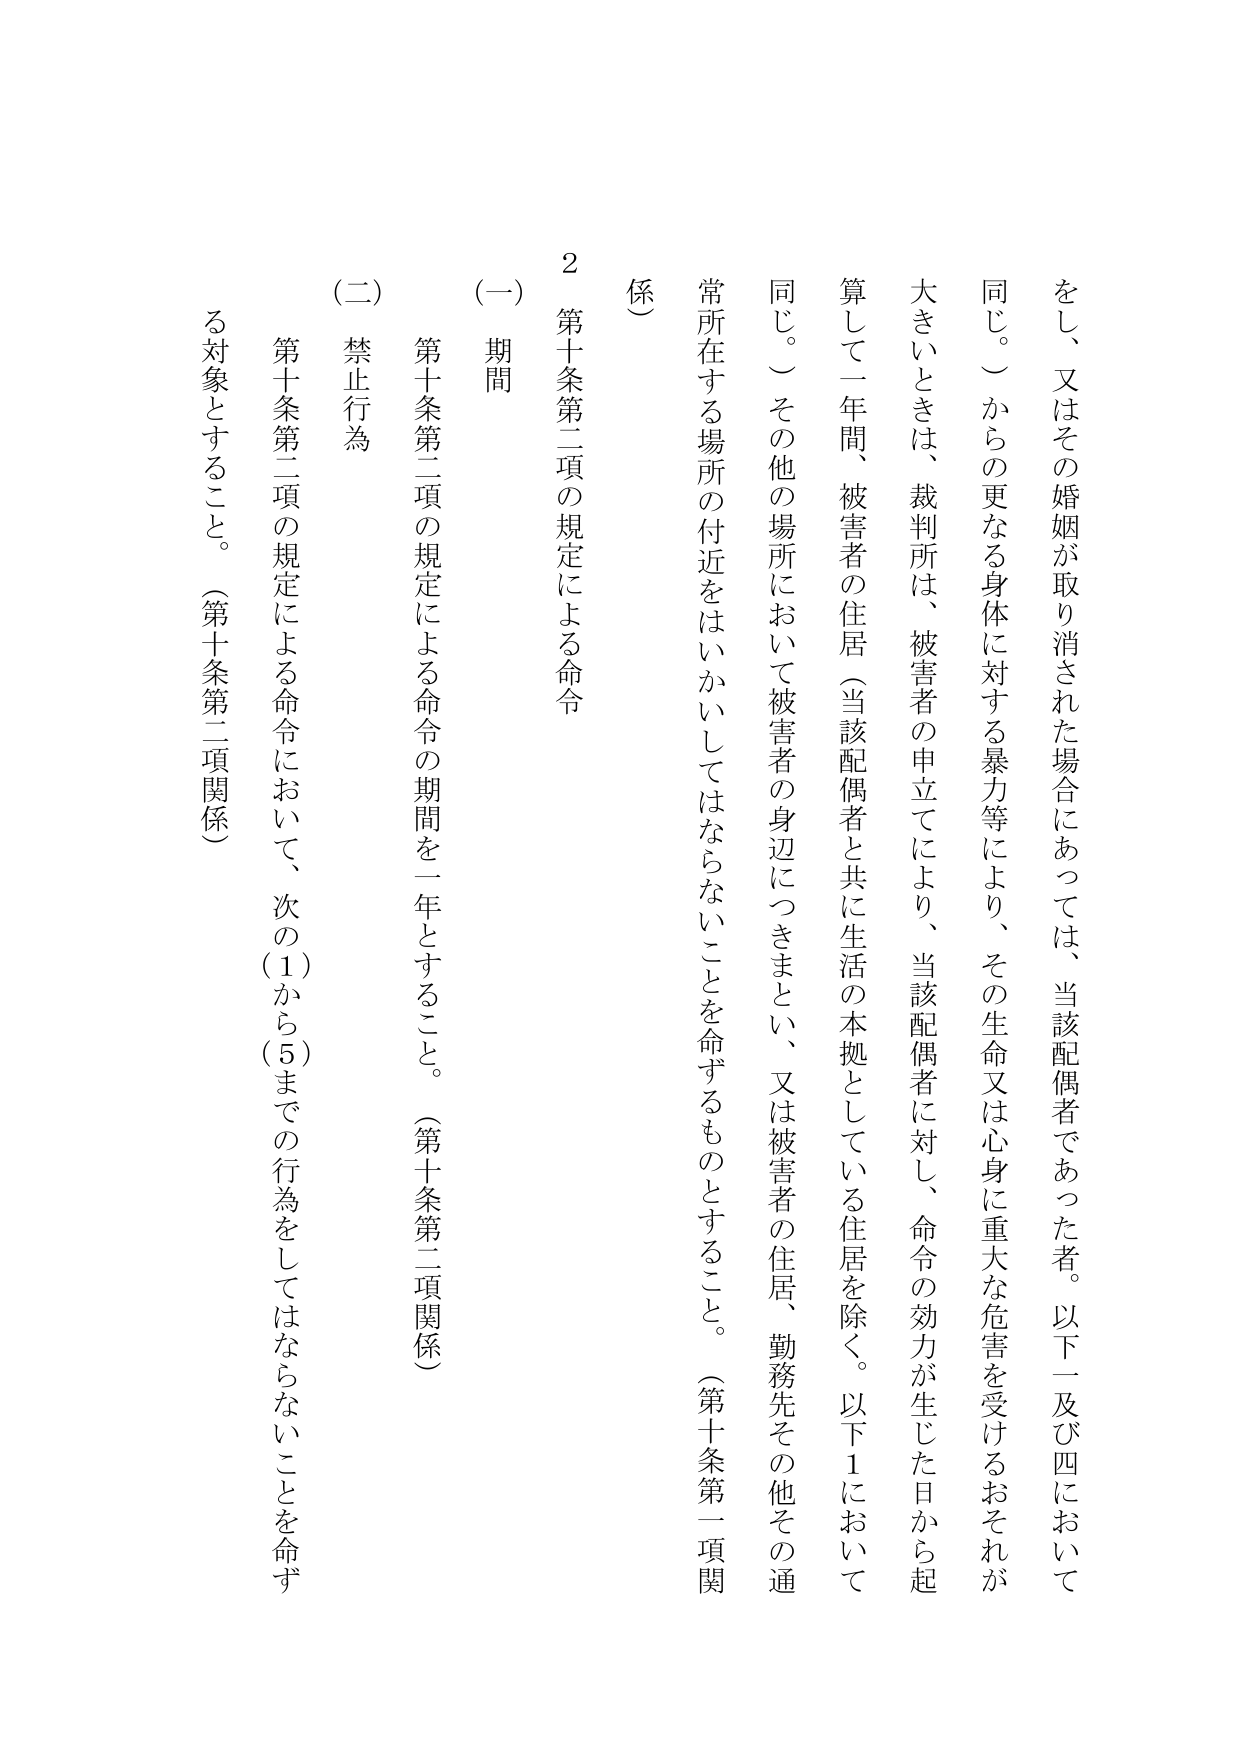
をし、又はその婚姻が取り消された場合にあっては、当該配偶者であった者。以下一及び四において同じ。）からの更なる身体に対する暴力等により、その生命又は心身に重大な危害を受けるおそれが大きいときは、裁判所は、被害者の申立てにより、当該配偶者に対し、命令の効力が生じた日から起算して一年間、被害者の住居（当該配偶者と共に生活の本拠としている住居を除く。以下1において同じ。）その他の場所において被害者の身辺につきまとい、又は被害者の住居、勤務先その他その通常所在する場所の付近をはいかしてはならないことを命ずるものとすること。（第十条第一項関係）

2 第十条第二項の規定による命令

（一） 期間

第十条第二項の規定による命令の期間を一年とすること。（第十条第二項関係）

（二） 禁止行為

第十条第二項の規定による命令において、次の(1)から(5)までの行為をしてはならないことを命ずる対象とすること。（第十条第二項関係）